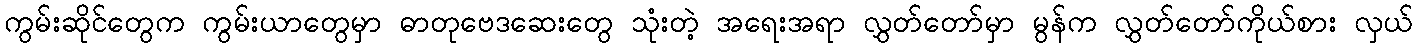
ကွမ်းဆိုင်တွေက ကွမ်းယာတွေမှာ ဓာတုဗေဒဆေးတွေ သုံးတဲ့ အရေးအရာ လွှတ်တော်မှာ မွန်က လွှတ်တော်ကိုယ်စား လှယ်